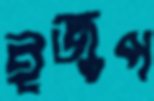
ইজুপ